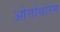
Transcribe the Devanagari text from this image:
ओत्तोथारम